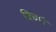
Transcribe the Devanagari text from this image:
बिचारै